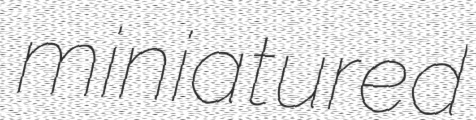
miniatured